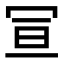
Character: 𭁴